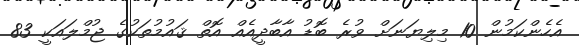
އެހެންކަމުން 10 މިލިޔަނަށް ވުރެ ބޮޑު އާބާދީއެއް އޮތް ޤައުމުތަކުގެ ޖުމްލައަކީ 83